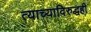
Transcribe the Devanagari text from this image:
त्याच्याविरुद्धही